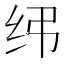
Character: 𫄝